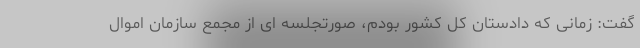
گفت: زمانی که دادستان کل کشور بودم، صورتجلسه ای از مجمع سازمان اموال